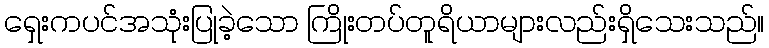
ရှေးကပင်အသုံးပြုခဲ့သော ကြိုးတပ်တူရိယာများလည်းရှိသေးသည်။